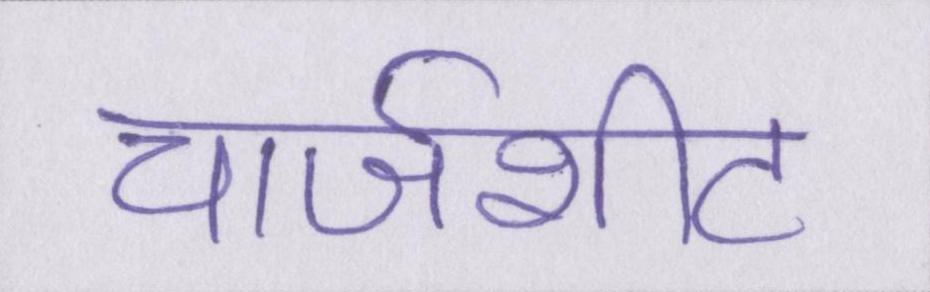
चार्जशीट